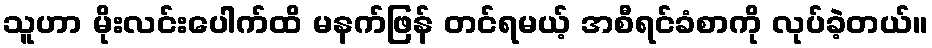
သူဟာ မိုးလင်းပေါက်ထိ မနက်ဖြန် တင်ရမယ့် အစီရင်ခံစာကို လုပ်ခဲ့တယ်။